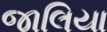
જાલિયા